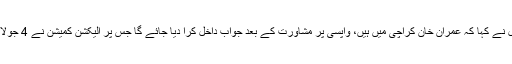
عمران خان کے وکیل نے کہا کہ عمران خان کراچی میں ہیں، واپسی پر مشاورت کے بعد جواب داخل کرا دیا جائے گا جس پر الیکشن کمیشن نے 4 جولائی تک کا وقت دیدیا۔